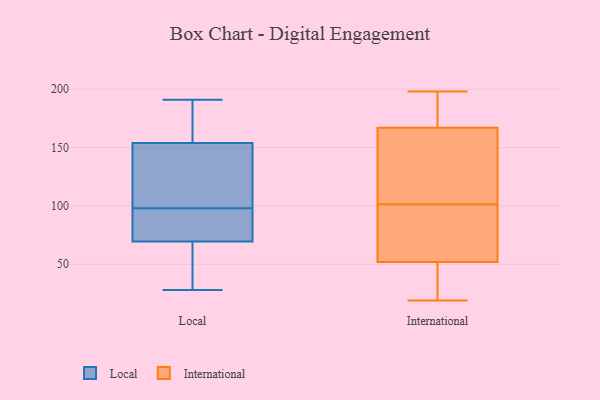
{"axis": {"x": "Demand Index", "y": "Value"}, "legend": ["International", "Local"], "data": [{"x": "", "y": 32, "type": "Local"}, {"x": "", "y": 61, "type": "Local"}, {"x": "", "y": 98, "type": "Local"}, {"x": "", "y": 155, "type": "Local"}, {"x": "", "y": 75, "type": "Local"}, {"x": "", "y": 61, "type": "Local"}, {"x": "", "y": 28, "type": "Local"}, {"x": "", "y": 189, "type": "Local"}, {"x": "", "y": 184, "type": "Local"}, {"x": "", "y": 96, "type": "Local"}, {"x": "", "y": 71, "type": "Local"}, {"x": "", "y": 69, "type": "Local"}, {"x": "", "y": 98, "type": "Local"}, {"x": "", "y": 122, "type": "Local"}, {"x": "", "y": 151, "type": "Local"}, {"x": "", "y": 157, "type": "Local"}, {"x": "", "y": 74, "type": "Local"}, {"x": "", "y": 191, "type": "Local"}, {"x": "", "y": 145, "type": "Local"}, {"x": "", "y": 59, "type": "International"}, {"x": "", "y": 90, "type": "International"}, {"x": "", "y": 52, "type": "International"}, {"x": "", "y": 189, "type": "International"}, {"x": "", "y": 50, "type": "International"}, {"x": "", "y": 186, "type": "International"}, {"x": "", "y": 19, "type": "International"}, {"x": "", "y": 49, "type": "International"}, {"x": "", "y": 121, "type": "International"}, {"x": "", "y": 55, "type": "International"}, {"x": "", "y": 198, "type": "International"}, {"x": "", "y": 127, "type": "International"}, {"x": "", "y": 167, "type": "International"}, {"x": "", "y": 113, "type": "International"}]}